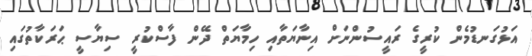
އަޅުގަނޑުމެން ކުރީގެ ރައީސުންނަށް އިނާޔަތާއި ހިމާޔަތް ދޭން ފާސްކުރީ ސިޔާސީ ޙަރަކާތުގައި